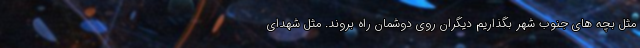
مثل بچه های جنوب شهر بگذاریم دیگران روی دوشمان راه بروند. مثل شهدای